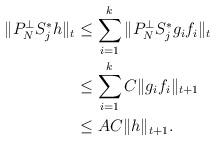
LaTeX: \begin{align*}\|P_N^\perp S^{*}_j h \|_{t} &\leq \sum_{i=1}^k \|P_N^\perp S^{*}_j g_i f_i \|_{t}\\ &\leq \sum_{i=1}^k C \|g_i f_i \|_{t+1}\\ &\leq AC \|h\|_{t+1} .\end{align*}